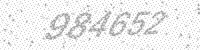
Solution: 984652